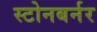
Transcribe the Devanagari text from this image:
स्टोनबर्नर